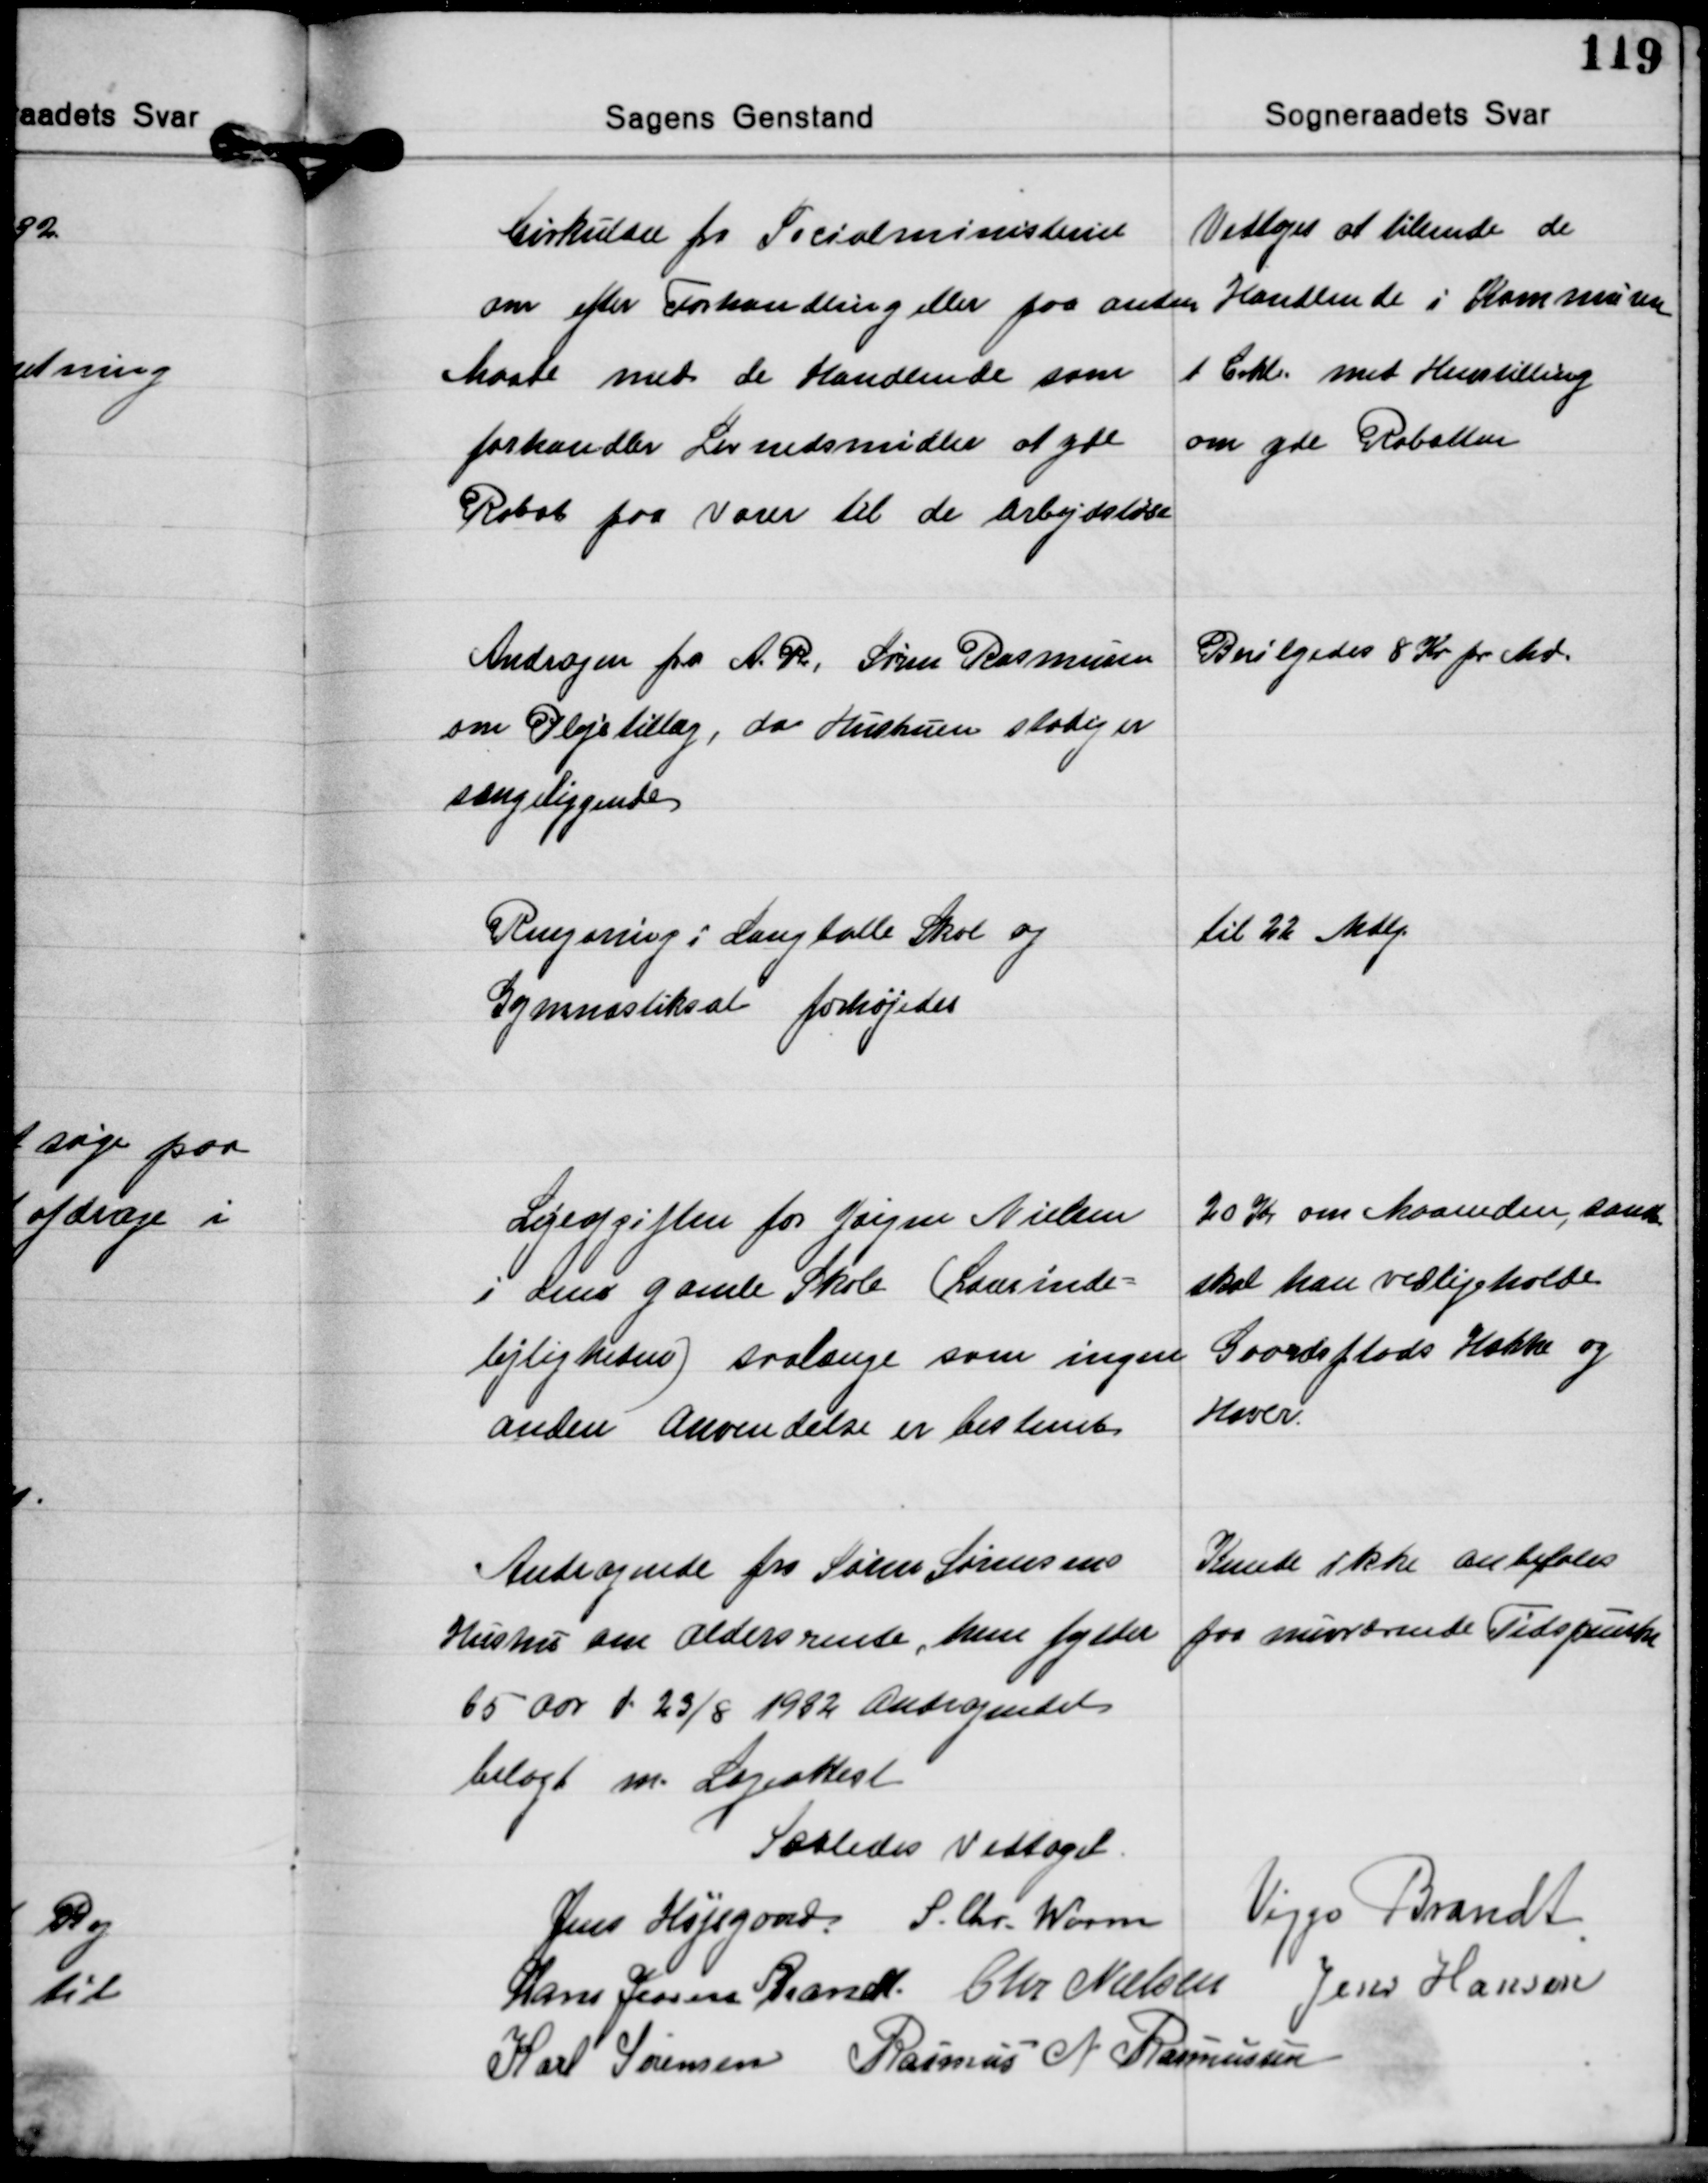
Transskription:
Cirkulære fra Socialministeriet
om efter Forhandling eller paa anden
Maade med de Handlende som
forhandler Levnedsmidler at yde
Rabat paa Varer til de arbejdsløse

Vedtoges at tilsende de
Handlende i Kommunen
1 Crkl. med Henstilling
om yde Rabatten

Andragen fra A. R., Søren Rasmussen
om Plejetillæg, da Hustruen stadig er
sengeliggende

Bevilgedes 8 Kr. pr. Md.

Rengøring i Langballe Skole og
Gymnastiksal forhøjedes

til 22 Mdlg.

Lejeafgiften for Jørgen Nielsen
i dens gamle Skole (Lærerinde-
lejligheden) saalænge som ingen
anden Anvendelse er bestemt

20 Kr. om Maaneden, samt
skal han vedligeholde
Gaardsplads Hække og
Haver.

Andragende fra Søren Sørensens
Hustru om Aldersrente, hun fylder
65 Aar d. 23/8 1932 Andragendet
belagt m. Lægeattest

Kunde ikke anbefales
paa nuværende Tidspunkt

Saaledes Vedtaget.
Jens Højsgaard S. Chr. Worm Viggo Brandt
Hans Jessen Brandt Chr. Nielsen Jens Hansen
Karl Sørensen Rasmus N. Rasmussen